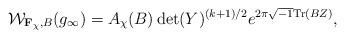
LaTeX: \begin{align*} \mathcal W_{\mathbf F_{\chi}, B}(g_{\infty}) = A_{\chi}(B) \det(Y)^{(k+1)/2}e^{2\pi\sqrt{-1}\mathrm{Tr}(BZ)},\end{align*}